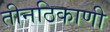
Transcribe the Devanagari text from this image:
तीनठिकाणी